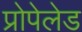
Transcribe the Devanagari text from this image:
प्रोपेलेड